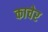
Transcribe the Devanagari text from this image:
काचेर